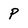
Character: p